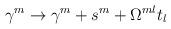
LaTeX: \begin{align*}\gamma^m\to\gamma^m+s^m+\Omega^{ml}t_l\end{align*}